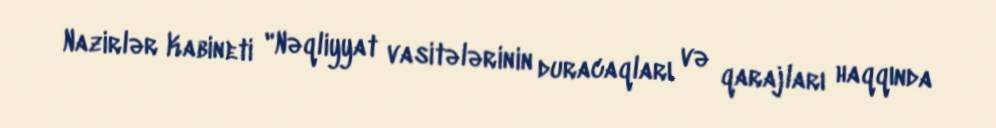
Nazirlər Kabineti "Nəqliyyat vasitələrinin duracaqları və qarajları haqqında